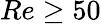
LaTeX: Re\geq 50